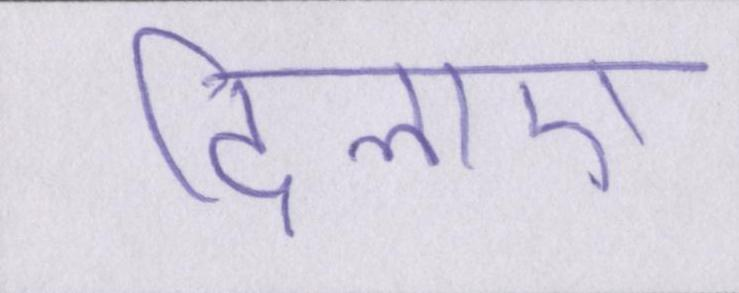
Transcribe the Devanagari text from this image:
दिलाए